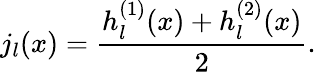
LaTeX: j_{l}(x)=\frac{h_{l}^{(1)}(x)+h_{l}^{(2)}(x)}{2}.